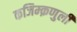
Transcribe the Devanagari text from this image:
कजिम्क़णुली